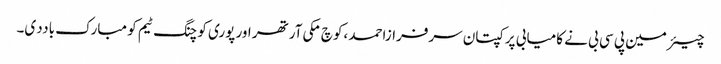
چیئرمین پی سی بی نے کامیابی پر کپتان سرفرازاحمد ،کوچ مکی آرتھر اور پوری کوچنگ ٹیم کو مبارک باددی۔